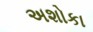
અશોકા